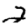
Digit: 2